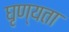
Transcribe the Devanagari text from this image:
घृण्यता